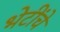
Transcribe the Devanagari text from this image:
भेटींचे